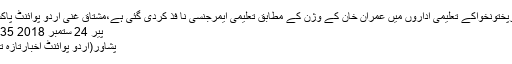
خیبرپختونخواکے تعلیمی اداروں میں عمران خان کے وژن کے مطابق تعلیمی ایمرجنسی نا فذ کردی گئی ہے،مشتاق غنی اُردو پوائنٹ پاکستان
پیر 24 ستمبر 2018 20:35
پشاور(اُردو پوائنٹ اخبارتازہ ترین۔